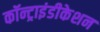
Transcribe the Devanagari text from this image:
कॉन्ट्राइंडीकेशन